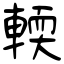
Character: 輭